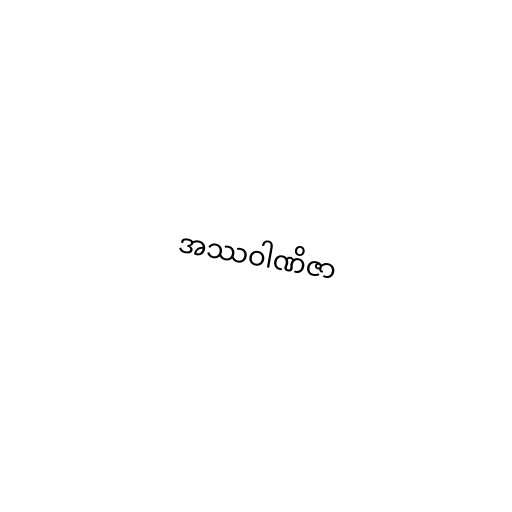
အဿဝါဏိဇာ